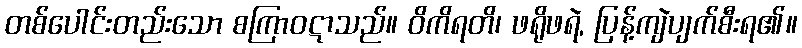
တစ်ပေါင်းတည်းသော စကြာဝဋာသည်။ ဝိကိရတိ၊ ဖရိုဖရဲ, ပြန့်ကျဲပျက်စီးရ၏။